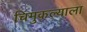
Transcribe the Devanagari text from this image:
चिमुकल्याला